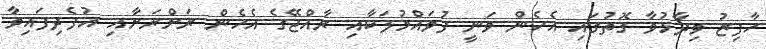
ހާފިޒު ވިދާޅުވާ ގޮތުގައި އެހެން ވަނީ ފުވައްމުލަކާއި ރާއްޖޭގެ އެހެން ރަށްރަށާއި އުފެދިފައިވާ